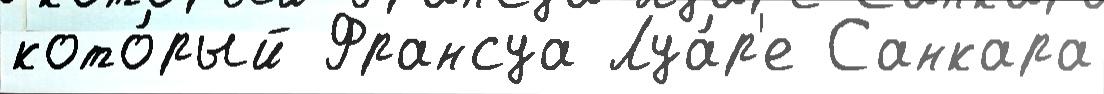
кото́рый Франсуа Луа́р'е Санкара